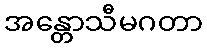
အန္တောသီမဂတာ